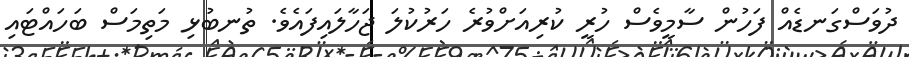
ދުވަސްގަނޑެއް ފަހުން ސާމީވެސް ހުރީ ކުރިއަށްވުރެ ހަރުކުލަ ޖަހާލައިފައެވެ. ތުނބުޅި މަތިމަސް ބަހައްޓައި